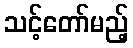
သင့်တော်မည့်